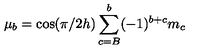
\mu _ { b } = \cos ( \pi / 2 h ) \sum _ { c = B } ^ { b } ( - 1 ) ^ { b + c } m _ { c }